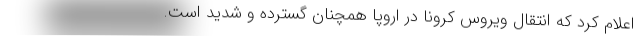
اعلام کرد که انتقال ویروس کرونا در اروپا همچنان گسترده و شدید است.